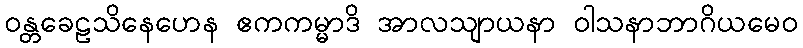
ဝန္တခေဠသိနေဟေန ဧကကမ္မာဒိ အာလသျာယနာ ဝါသနာဘာဂိယမေဝ